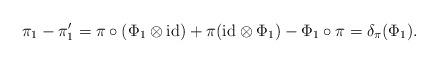
LaTeX: \begin{align*}\pi_1 - \pi_1' = \pi \circ ( \Phi_1 \otimes \mathrm{id}) + \pi ( \mathrm{id} \otimes \Phi_1) - \Phi_1 \circ \pi = \delta_\pi (\Phi_1).\end{align*}